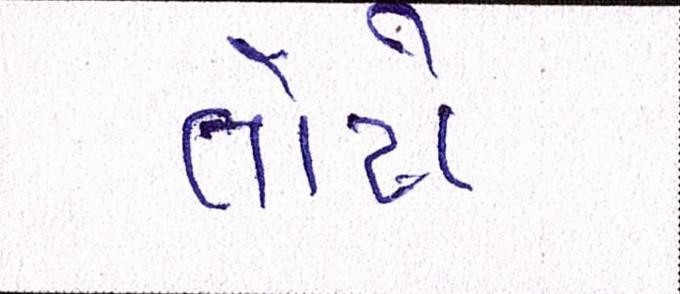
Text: તોયે